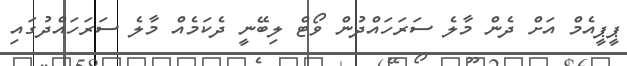
ޕީޕީއެމް އަށް ދެން މާލެ ސަރަހައްދުން ވޯޓް ލިބޭނީ ދެކަމެއް މާލެ ސަރަހައްދުގައި